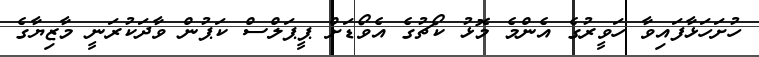
ހުށަހަޅާފައިވާ ހަވީރުގެ އެންމެ މޮޅު ކޯޗުގެ އެވޯޑަށް ޕީޕަލްސް ކަޕުން ވާދަކުރަނީ މާޒިޔާގެ